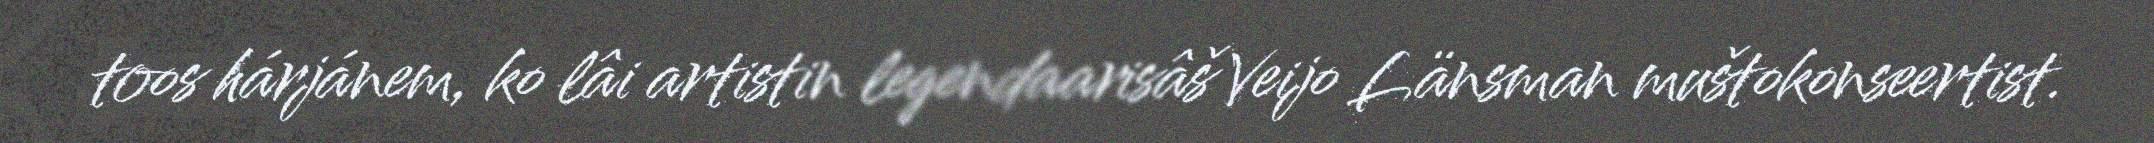
toos hárjánem, ko lâi artistin legendaarisâš Veijo Länsman muštokonseertist.